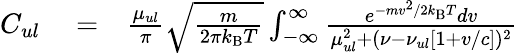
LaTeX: \begin{array}{rlr}{C_{ul}}&{{}=}&{\frac{\mu_{ul}}{\pi}\sqrt{\frac{m}{2\pi k_{\mathrm{B}}T}}\int_{-\infty}^{\infty}\frac{e^{-mv^{2}/2k_{\mathrm{B}}T}dv}{\mu_{ul}^{2}+(\nu-\nu_{ul}[1+v/c])^{2}}}\end{array}